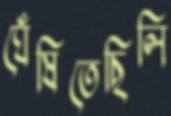
ঘেঁষিতেছিলি